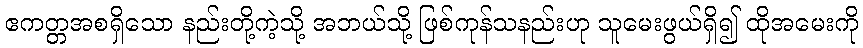
ဧကတ္တအစရှိသော နည်းတို့ကဲ့သို့ အဘယ်သို့ ဖြစ်ကုန်သနည်းဟု သူမေးဖွယ်ရှိ၍ ထိုအမေးကို